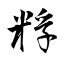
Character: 粰